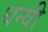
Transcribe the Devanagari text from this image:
धन्वी